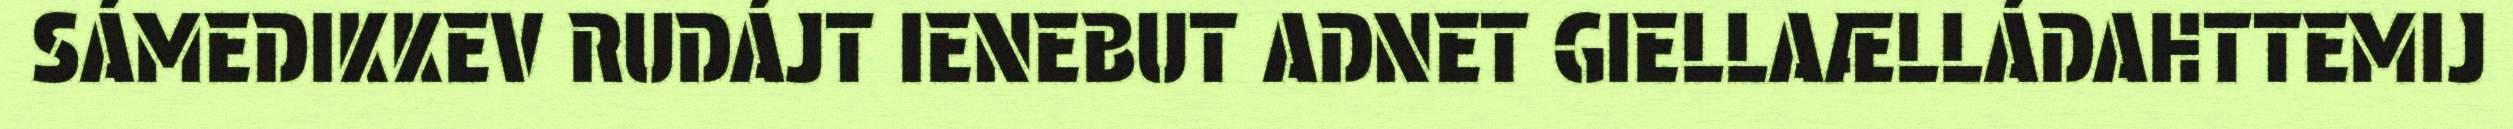
SÁMEDIKKEV RUDÁJT IENEBUT ADNET GIELLAÆLLÁDAHTTEMIJ